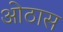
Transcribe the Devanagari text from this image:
ओठास